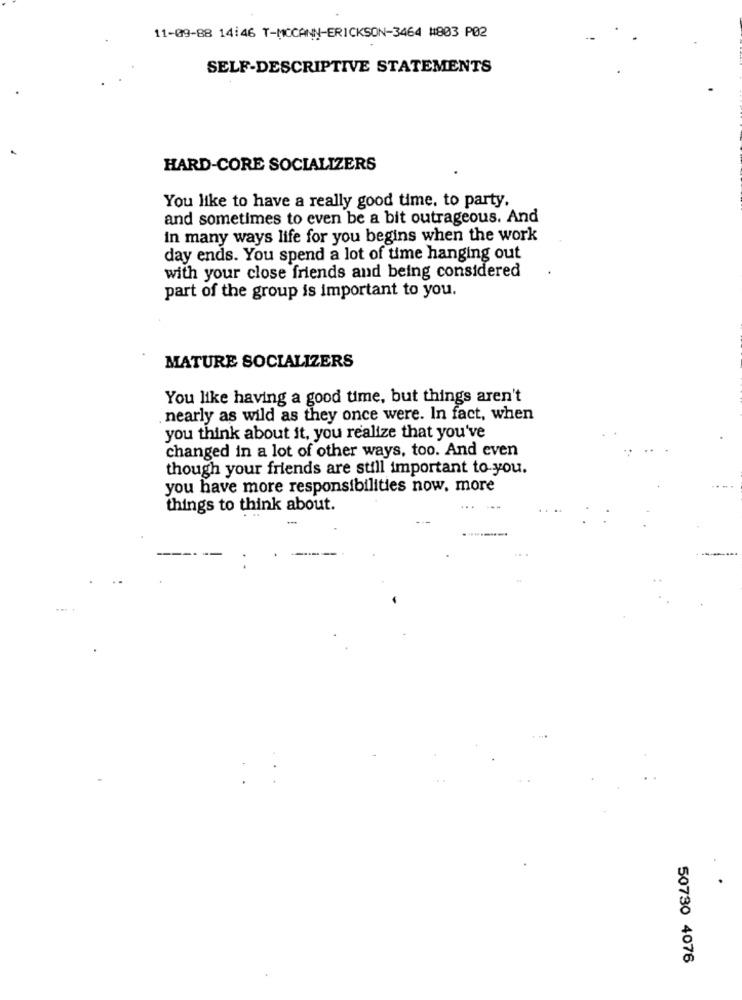
11-09-88 14:46 T-MCCANN-ERICKSON-3464 #803 P02
SELF-DESCRIPTIVE STATEMENTS
HARD-CORE SOCIALIZERS
You like to have a really good time. to party.
and sometimes to even be a bit outrageous. And
In many ways life for you begins when the work
day ends. You spend a lot of time hanging out
with your close friends and being considered
part of the group is important to you.
MATURE SOCIALIZERS
You like having a good time, but things aren't
nearly as wild as they once were. In fact, when
you think about it, you realize that you've
changed in a lot of other ways, too. And even
though your friends are still important to you.
you have more responsibilities now, more
things to think about.
50730 4076